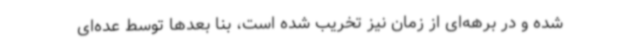
شده و در برهه‌ای از زمان نیز تخریب ‌شده است، بنا بعدها توسط عده‌ای